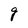
Character: g